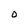
Character: O